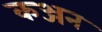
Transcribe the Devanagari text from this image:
कञ्जन